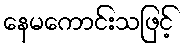
နေမကောင်းသဖြင့်